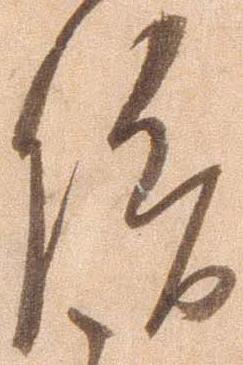
信